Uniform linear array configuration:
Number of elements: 64
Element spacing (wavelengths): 0.25
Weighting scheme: hamming
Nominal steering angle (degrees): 15
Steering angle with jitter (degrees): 15.223
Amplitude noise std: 0.05
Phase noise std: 0.05

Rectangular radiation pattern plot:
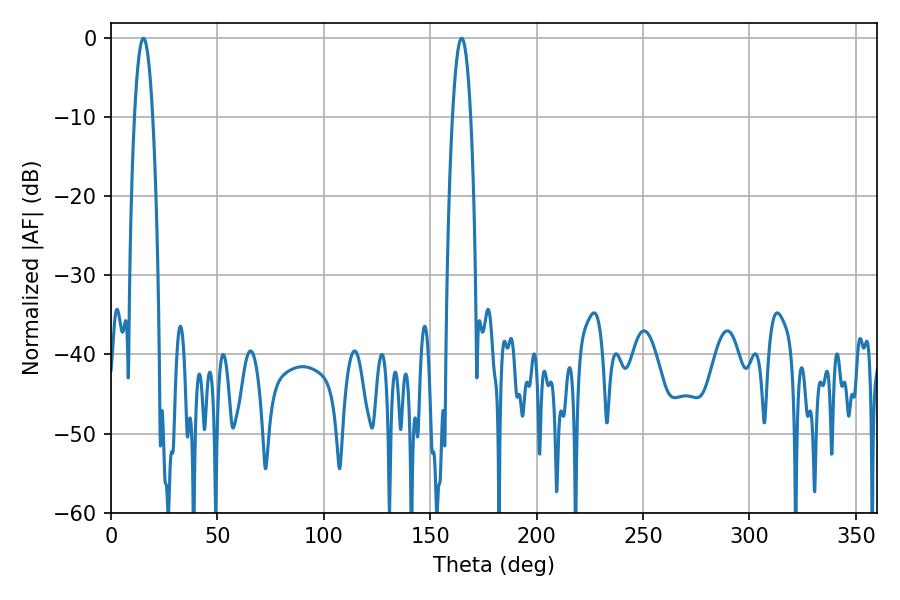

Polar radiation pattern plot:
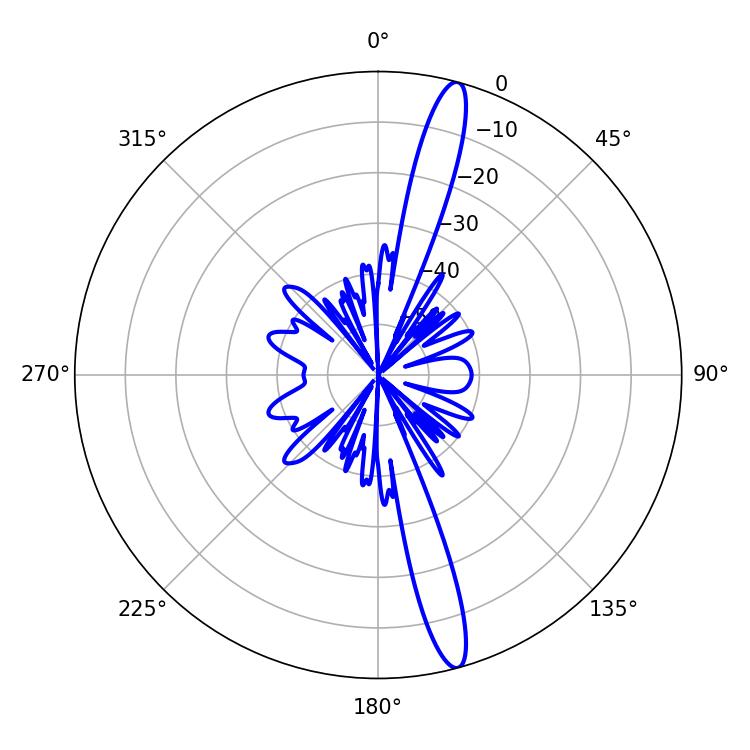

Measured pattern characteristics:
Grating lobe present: FALSE
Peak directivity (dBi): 16.307
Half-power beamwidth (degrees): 4.68
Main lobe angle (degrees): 15.3